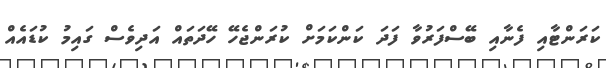
ކަރަންޓާއި ފެނާއި ބޭސްފަރުވާ ފަދަ ކަންކަމަށް ކުރަންޖެހޭ ހޭދަތައް އަދިވެސް ގައިމު ކުޑައެއް